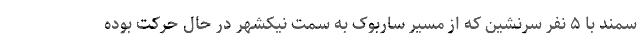
سمند با ۵ نفر سرنشین که از مسیر ساربوک به سمت نیکشهر در حال حرکت بوده